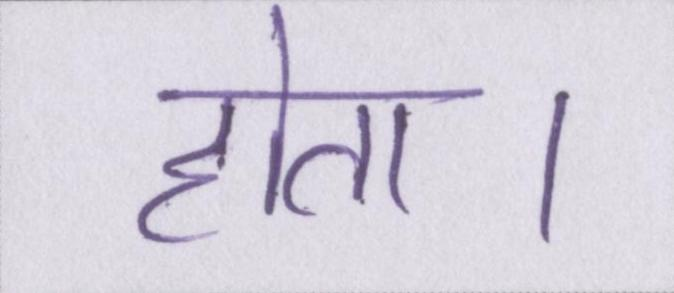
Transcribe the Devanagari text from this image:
होता।